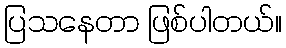
ပြသနေတာ ဖြစ်ပါတယ်။